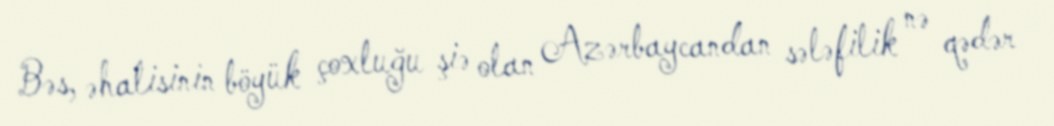
Bəs, əhalisinin böyük çoxluğu şiə olan Azərbaycandan sələfilik nə qədər